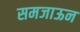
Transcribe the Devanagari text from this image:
समजाऊन